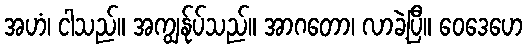
အဟံ၊ ငါသည်။ အကျွန်ုပ်သည်။ အာဂတော၊ လာခဲ့ပြီ။ ဝေဒေဟေ